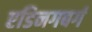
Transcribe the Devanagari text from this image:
एडिनगबर्ग